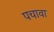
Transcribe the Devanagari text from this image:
पचावा